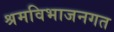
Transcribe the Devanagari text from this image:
श्रमविभाजनगत